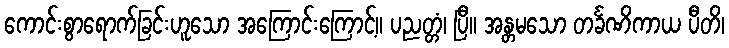
ကောင်းစွာရောက်ခြင်းဟူသော အကြောင်းကြောင့်။ ပညတ္တံ၊ ပြီ။ အန္တမသော တင်္ခဏိကာယ ပီတိ၊